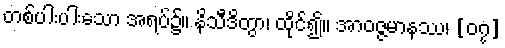
တစ်ပါးပါးသော အရပ်၌။ နိသီဒိတွာ၊ ထိုင်၍။ အာဝဇ္ဇမာနဿ၊ [၀၇]